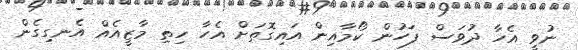
ނުވީ އެހާ ދުވަސް ފަހުން ކޯމާއިން އައިގޮތަށް އެހާ ހިތި މާޒީއެއް އެނގިގެން